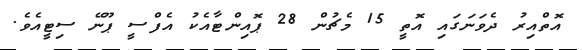
އޮތްއިރު ދެވަނަގައި އޮތީ 15 މެޗުން 28 ޕޮއިންޓާއެކު އެފްސީ ޕޫނޭ ސިޓީއެވެ.